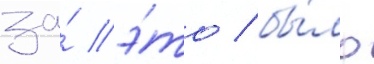
за́ э́то / бы́ло